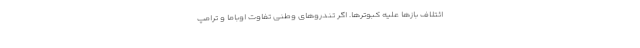
ائتلاف بازها علیه کبوترها. اگر تندروهای وطنی تفاوت اوباما و ترامپ